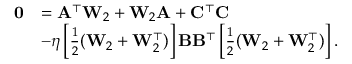
\begin{array} { r l } { \mathbf { 0 } } & { = \mathbf { A } ^ { \top } \mathbf { W } _ { 2 } + \mathbf { W } _ { 2 } \mathbf { A } + \mathbf { C } ^ { \top } \mathbf { C } } \\ & { - \eta \left[ \frac { 1 } { 2 } ( \mathbf { W } _ { 2 } + \mathbf { W } _ { 2 } ^ { \top } ) \right] \mathbf { B } \mathbf { B } ^ { \top } \left[ \frac { 1 } { 2 } ( \mathbf { W } _ { 2 } + \mathbf { W } _ { 2 } ^ { \top } ) \right] . } \end{array}